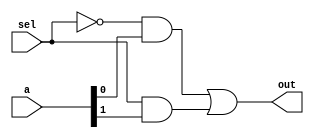


module mux2(input wire [1:0] a,input wire sel, output wire out);
    assign out = ((~sel)&a[0])|((sel&a[1]));
endmodule


module mux4(input wire [3:0] i, input wire [1:0] s, output wire out);
    wire [1:0] muxOut;
    mux2 m1(i[1:0], s[0], muxOut[0]);
    mux2 m2(i[3:2], s[0], muxOut[1]);

    mux2 m3(muxOut, s[1], out); 
endmodule

module mux8 (input wire [7:0] i, input wire [2:0] s, output wire out);
    wire [1:0] muxOut;

    mux4 m1(i[3:0], s[1:0], muxOut[0]);
    mux4 m2(i[7:4], s[1:0], muxOut[1]);

    mux2 m3(muxOut, s[2], out);
    
endmodule